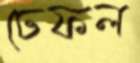
ঢেফল